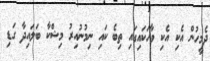
ދެމީހުން އެކި އެކި ވާހަކައިގައި ތިބެ ކައި ނިމުނުއިރު މިޝްކާ ބަލައިދާ ގަޑި